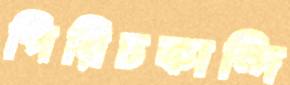
পিরিচকান্দি